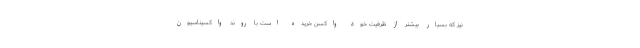
نیز که بسیار بیشتر از ظرفیت خود واکسن خریده است با روند واکسیناسیون